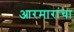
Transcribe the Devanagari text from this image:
आरमारांचा